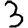
Digit: 3